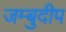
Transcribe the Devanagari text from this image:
जम्बुदीप